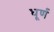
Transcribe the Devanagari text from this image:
धूर्ण